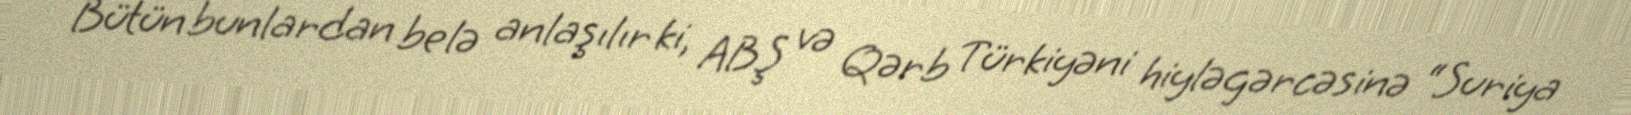
Bütün bunlardan belə anlaşılır ki, ABŞ və Qərb Türkiyəni hiyləgərcəsinə “Suriya